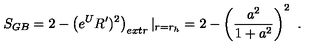
S _ { G B } = 2 - \left( e ^ { U } R ^ { \prime } ) ^ { 2 } \right) _ { e x t r } | _ { r = r _ { h } } = 2 - \left( { \frac { a ^ { 2 } } { 1 + a ^ { 2 } } } \right) ^ { 2 } \ .